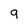
Character: 9